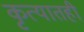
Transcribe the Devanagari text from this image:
कृत्यातही